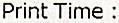
PRINT TIME :